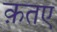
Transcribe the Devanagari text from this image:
क़तए